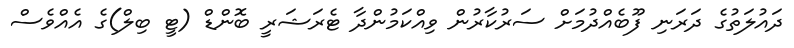
ދައުލަތުގެ ދަރަނި ފޫބެއްދުމަށް ސަރުކާރުން ވިއްކަމުންދާ ޓެރަޝަރީ ބޮންޑް (ޓީ ބިލް)ގެ އެއްވެސް